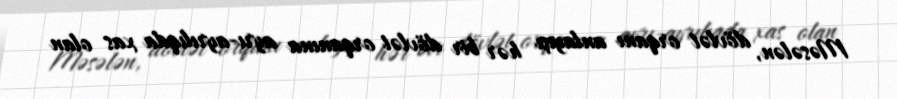
Məsələn, dövlət orqanı anlayışı hər bir dövlət orqanına ayrı-ayrılıqda xas olan